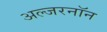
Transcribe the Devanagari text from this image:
अल्जरनॉन